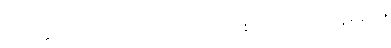
သူတို့နှစ်ယောက်သည် ဘယ်ကစ၍ စကားပြောရမှန်းမသိ။